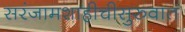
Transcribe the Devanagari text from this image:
सरंजामशाहीचीसुरुवात